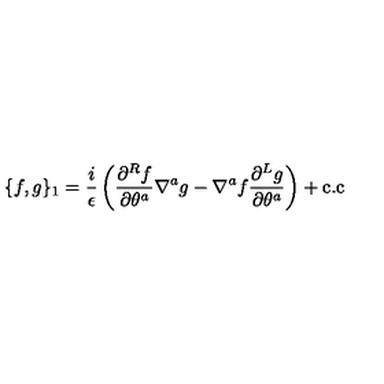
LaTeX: \{ f , g \} _ { 1 } = \frac { i } { \epsilon } \left( \frac { \partial ^ { R } f } { \partial \theta ^ { a } } \nabla ^ { a } g - \nabla ^ { a } f \frac { \partial ^ { L } g } { \partial \theta ^ { a } } \right) + \mathrm { c . c }